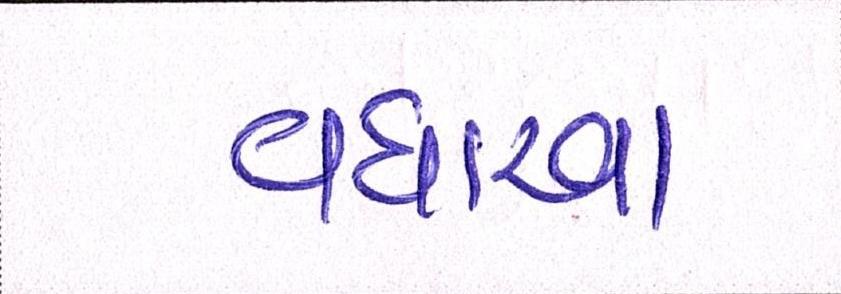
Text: વધારવા